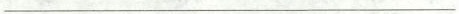
___